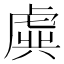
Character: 虡